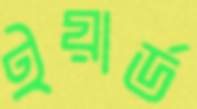
ইয়ার্ড